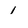
Character: 1